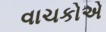
વાચકોએ